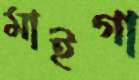
মাইগা